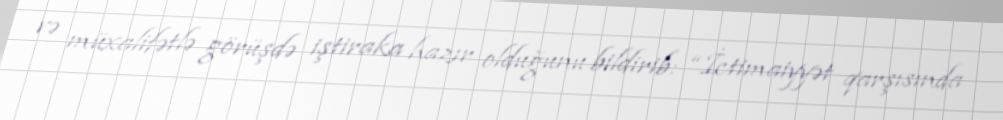
və müxalifətlə görüşdə iştiraka hazır olduğunu bildirib: “İctimaiyyət qarşısında